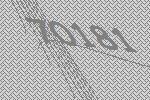
70181